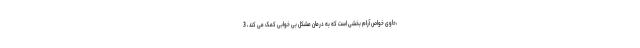
،حاوی خواص آرام بخشی است که به درمان مشکل بی خوابی کمک می کند ، 3